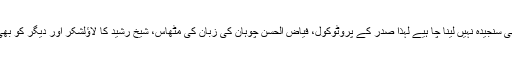
وزراء کی غلطیوں کو بھی سنجیدہ نہیں لینا چا ہیے لہذا صدر کے پروٹوکول، فیاض الحسن چوہان کی زبان کی مٹھاس، شیخ رشید کا لاؤلشکر اور دیگر کو بھی نظرانداز کرنا پڑے گا۔